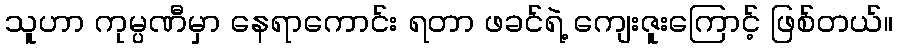
သူဟာ ကုမ္ပဏီမှာ နေရာကောင်း ရတာ ဖခင်ရဲ့ ကျေးဇူးကြောင့် ဖြစ်တယ်။